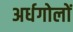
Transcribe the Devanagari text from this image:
अर्धगोलों